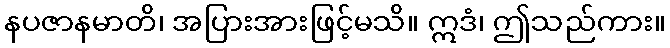
နပဇာနမာတိ၊ အပြားအားဖြင့်မသိ။ ဣဒံ၊ ဤသည်ကား။